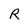
Character: R